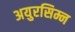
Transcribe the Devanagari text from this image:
अयुरसिम्न